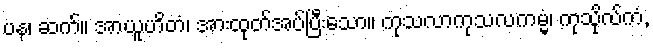
ပန၊ ဆက်။ အာယူဟိတံ၊ အားထုတ်အပ်ပြီးသော။ ကုသလာကုသလကမ္မံ၊ ကုသိုလ်ကံ,